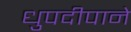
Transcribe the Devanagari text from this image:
धुपदीपाने